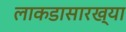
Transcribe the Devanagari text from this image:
लाकडासारख्या